Rakvere_kinnistusamet, lk 34
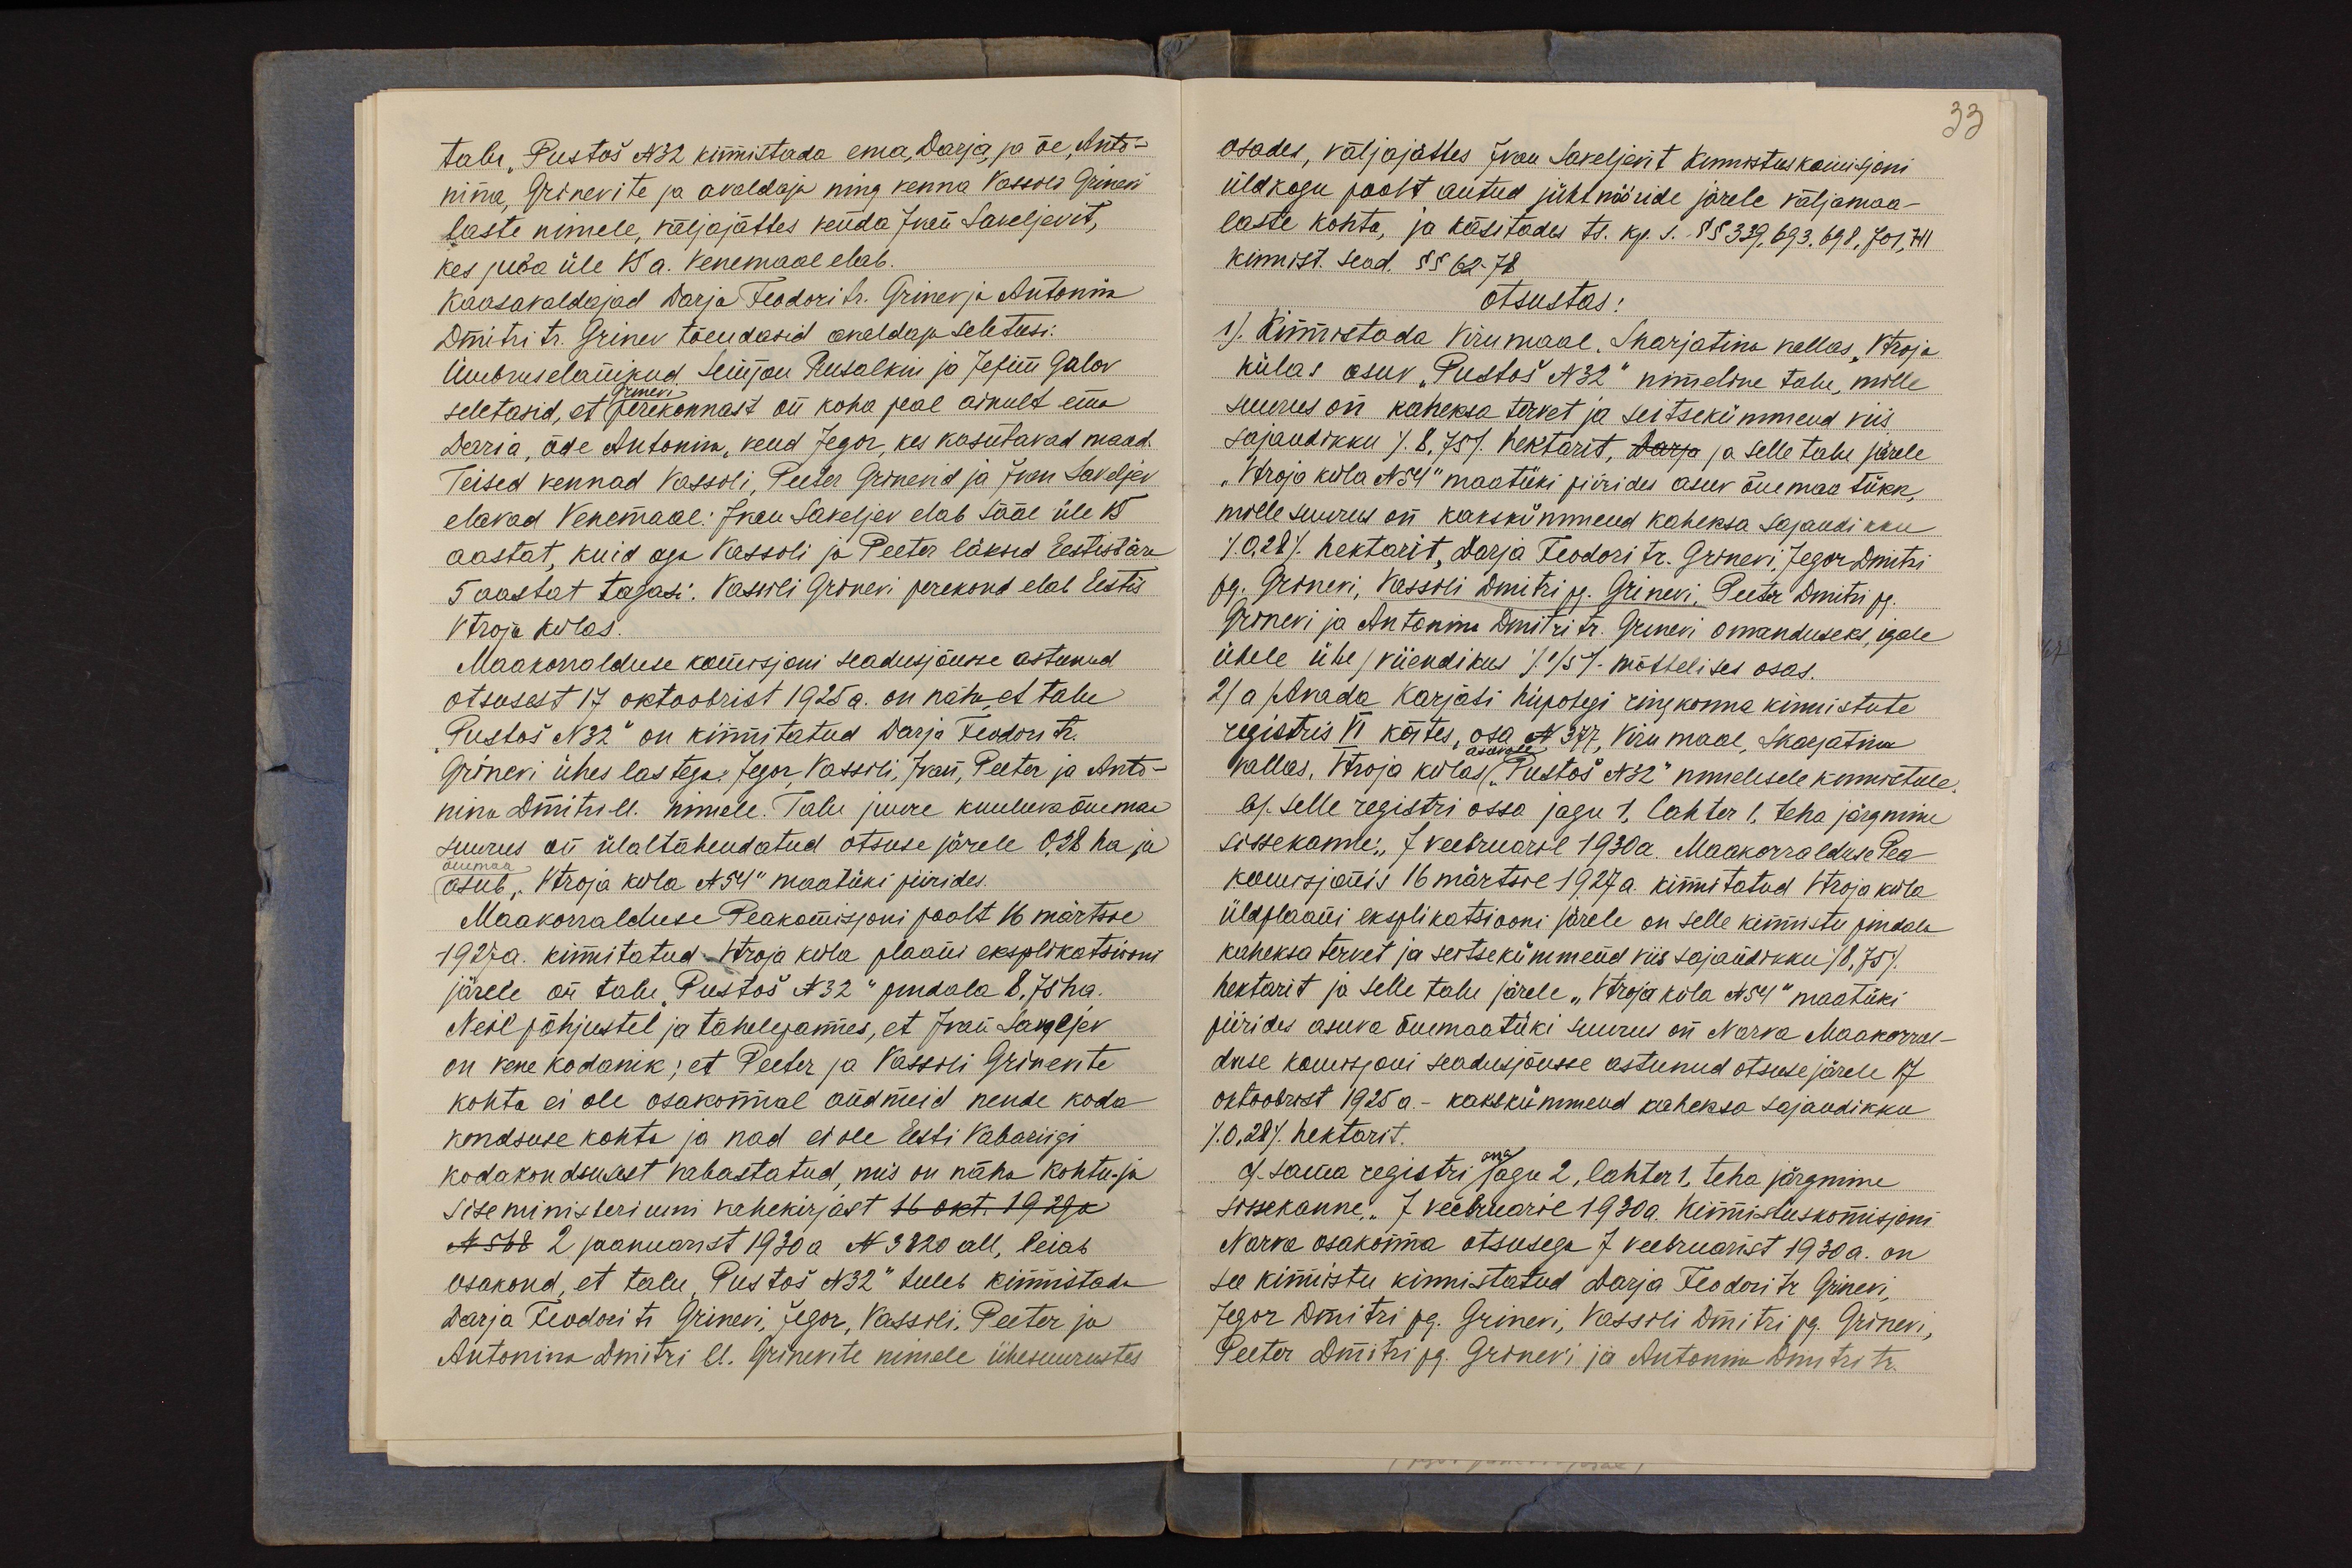
talu "Pustoš N32 kinnistada ema, Darja, ja õe, Anto-
nina, Grinevite ja avaldaja ning venna Vassili Grinevi
laste nimele, väljajättes venda Ivan Saveljevit,
kes juba üle 15 a. Venemaal elab.
Kaasavaldajad Darja Feodori tr. Grinev ja Antonina
Dmitri tr. Grinev tõendasid avaldaja seletusi.
Ümbruselanikud Semjon Rusalkin ja Jefim Galov
Grinevi
seletasid, et perekonnast on koha peal ainult ema
Daria, õde Antonina, vend Jegor, kes kasutavad maad.
Teised vennad Vassili, Peeter Grinevid ja Ivan Saveljev
elavad Venemaal: Ivan Saveljev elab sääl üle 15
aastat, kuid aga Vassili ja Peeter läksid Eestist ära
5 aastat tagasi. Vassili Grinevi perekond elab Eestis
Vtroja külas.
Maakorralduse komisjoni seadusjõusse astunud
otsusest 17 oktoobrist 1925 a. on näha, et talu
"Pustoš N32" on kinnistatud Darja Feodori tr.
Grinevi ühes lastega: Jegor, Vassili, Ivan, Peeter ja Anto-
nina Dmitri ll. nimele. Talu juure kuuluva õuemaa
suurus on ülaltähendatud otsuse järele 0,28 ha ja
õuemaa
asub "Vtroja küla N54" maatüki piirides.
Maakorralduse Peakomisjoni poolt 16 märtsil
1927a. kinnitatud Vtroja küla plaani eksplikatsiooni
järele on talu "Pustoš N 32" pindala 8,75 ha.
Neil põhjustel ja tähelepannes, et Ivan Saveljev
on vene kodanik; et Peeter ja Vassili Grinevite
kohta ei ole osakonnal andmeid nende koda-
kondsuse kohta ja nad ei ole Eesti Vabariigi
kodakondsusest vabastatud, mis on näha Kohtu- ja
Siseministeriumi vahekirjast 16 okt. 1929a
N 568 2 jaanuarist 1930 a N 3820 all, leiab
osakond, et talu "Pustoš N32" tuleb kinnistada
Darja Feodori tr Grinevi, Jegor, Vassili, Peeter ja
Antonina Dmitri ll. Grinevite nimele ühesuurustes

33
osades, väljajättes Ivan Saveljevit Kinnistuskomisjoni
üldkogu poolt antud juhtnööride järele väljamaa-
laste kohta, ja käsitades ts. kp. s. §§ 339, 693, 698, 701, 711
kinnist. sead. §§ 62-78
otsustas:
1). Kinnistada Virumaal, Skarjatina vallas, Vtroja
külas asuv "Pustoš N32" nimeline talu, mille
suurus on kaheksa tervet ja seitsekümmend viis
sajandikku (8,75) hektarit, Darja ja selle talu järele
"Vtroja küla N54" maatüki piirides asuv õuemaa tükk,
mille suurus on kakskümmend kaheksa sajandikku
(0,28) hektarit, Darja Feodori tr. Grinevi, Jegor Dmitri
pg. Grinevi, Vassili Dmitri pg. Grinevi, Peeter Dmitri pg.
Grinevi ja Antonina Dmitri tr. Grinevi omanduseks, igale
ühele ühe / viiendikus (1/5) mõttelises osas.
2) a) Avada Karjati hüpotegi ringkonna kinnistute
registris VI köites, osa N 377, Viru maal, Skarjatina
asuvale
vallas, Vtroja külas "Pustoš N32" nimelisele kinnistule.
b). Selle registri ossa jagu 1, lahter 1, teha järgmine
sissekanne: "7 veebruaril 1930a. Maakorralduse Pea-
komisjonis 16 märtsil 1927 a. kinnitatud Vtroja küla
üldplaani eksplikatsiooni järele on selle kinnistu pindala
kaheksa tervet ja seitsekümmend viis sajandikku (8,75)
hektarit ja selle talu järele "Vtroja küla N54" maatüki
piirides asuva õuemaatüki suurus on Narva Maakorral-
duse komisjoni seadusjõusse astunud otsuse järele 17
oktoobrist 1925 a. - kakskümmend kaheksa sajandikku
(0,28) hektarit.
c). Sama registri ossa jagu 2, lahter 1, teha järgmine
sissekanne:" 7 veebruaril 1930a. kinnistuskomisjoni
Narva osakonna otsusega 7 veebruarist 1930 a. on
see kinnistu kinnistatud Darja Feodori tr. Grinevi,
Jegor Dmitri pg. Grinevi, Vassili Dmitri pg. Grinevi,
Peeter Dmitri pg. Grinevi ja Antonina Dmitri tr.